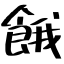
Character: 餓